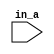
module ALW_NO_EVTS (in_a);
   input in_a;
   reg out_a;
   reg clk;
   always
   begin
      out_a <= in_a;
   end
endmodule